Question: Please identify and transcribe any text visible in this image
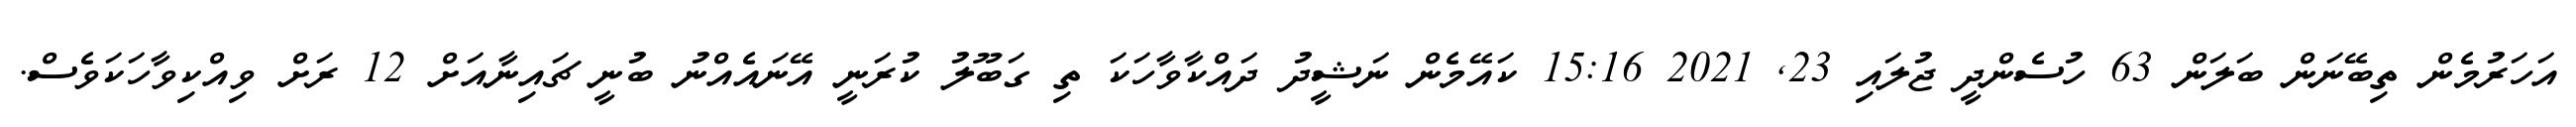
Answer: އަހަރުމެން ތިބޭނަން ބަލަން 63 ހުސެންދީ ޖުލައި 23, 2021 15:16 ކައޭމެން ނަޝީދު ދައްކާވާހަކަ ތި ގަބޫލު ކުރަނީ އޭނައެއްނު ބުނީ ޗައިނާއަށް 12 ރަށް ވިއްކިވާހަކަވެސް.